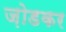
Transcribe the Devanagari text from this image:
ज़ोडकर